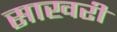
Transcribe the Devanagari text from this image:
साखरी